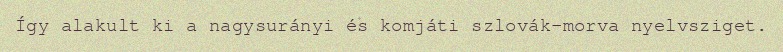
Így alakult ki a nagysurányi és komjáti szlovák-morva nyelvsziget.